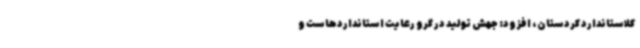
کلاستاندارد کردستان، افزود: جهش تولید در گرو رعایت استانداردهاست و